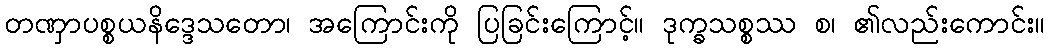
တဏှာပစ္စယနိဒ္ဒေသတော၊ အကြောင်းကို ပြခြင်းကြောင့်။ ဒုက္ခသစ္စဿ စ၊ ၏လည်းကောင်း။